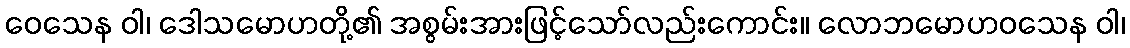
ဝေသေန ဝါ၊ ဒေါသမောဟတို့၏ အစွမ်းအားဖြင့်သော်လည်းကောင်း။ လောဘမောဟဝသေန ဝါ၊